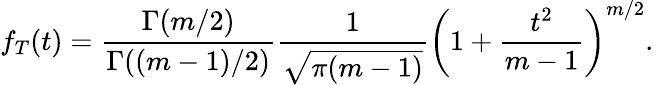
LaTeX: f_{T}(t)={\frac{\Gamma(m/2)}{\Gamma((m-1)/2)}}{\frac{1}{\sqrt{\pi(m-1)}}}\left(1+{\frac{t^{2}}{m-1}}\right)^{m/2}.